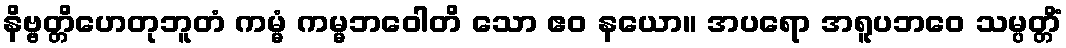
နိဗ္ဗတ္တိဟေတုဘူတံ ကမ္မံ ကမ္မဘဝေါတိ သော ဧဝ နယော။ အပရော အရူပဘဝေ သမ္ပတ္တိံ